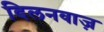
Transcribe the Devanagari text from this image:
दिलनवाज़